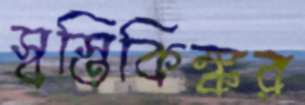
স্বস্তিকিঙ্কর